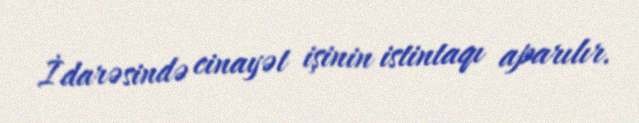
İdarəsində cinayət işinin istintaqı aparılır.